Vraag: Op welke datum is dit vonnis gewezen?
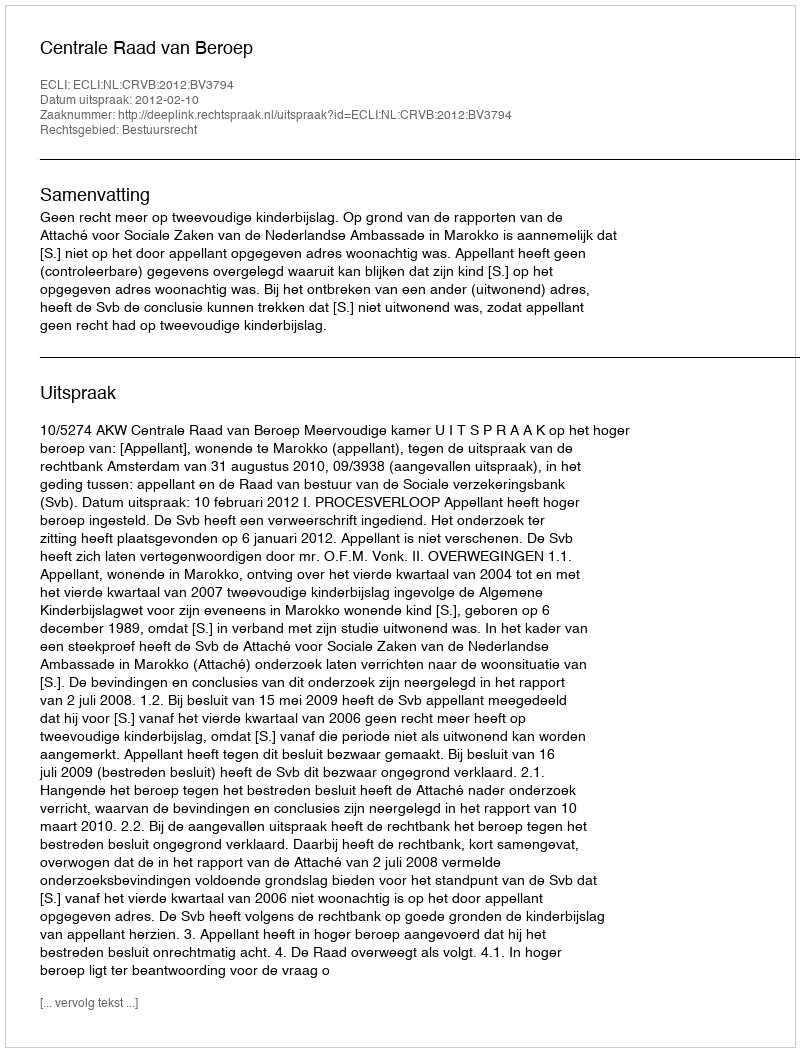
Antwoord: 2012-02-10